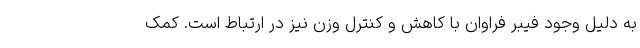
به دلیل وجود فیبر فراوان با کاهش و کنترل وزن نیز در ارتباط است. کمک